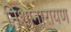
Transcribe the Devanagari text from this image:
निशानारायण